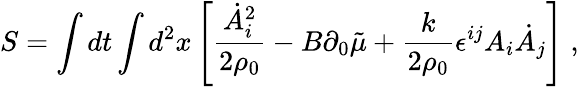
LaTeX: S=\int dt\int d^{2}x\left[\frac{\dot{A}_{i}^{2}}{2\rho_{0}}-B\partial_{0}\tilde{\mu}+\frac{k}{2\rho_{0}}\epsilon^{ij}A_{i}\dot{A}_{j}\right]\; ,